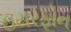
ઇયરફોન